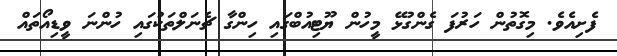
ފެށިއެވެ. މިގޮތުން ހަރުފަ ގެންގުޅޭ މީހުން ޔޫޓިއުބްގައި ހިންގާ ޗެނަލްތަކުގައި ހުންނަ ވީޑިއޯތައް